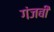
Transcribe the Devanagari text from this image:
गंजबी